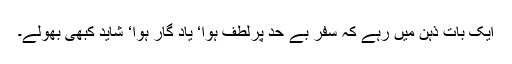
ایک بات ذہن میں رہے کہ سفر بے حد پرلطف ہوا‘ یاد گار ہوا‘ شاید کبھی بھولے۔